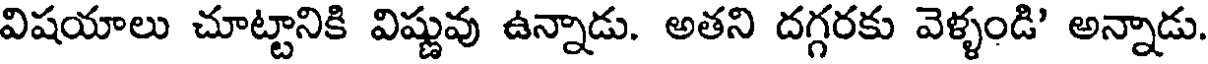
విషయాలు చూట్టానికి విష్ణువు ఉన్నాడు. అతని దగ్గరకు వెళ్ళండి అన్నాడు.